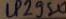
Text: LP2950